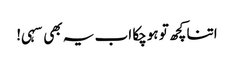
اتنا کچھ تو ہوچکا اب یہ بھی سہی!